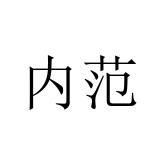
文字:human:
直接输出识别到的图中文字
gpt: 内范